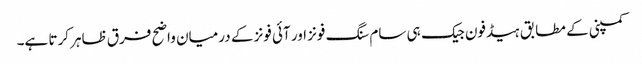
کمپنی کے مطابق ہیڈفون جیک ہی سام سنگ فونز اور آئی فونز کے درمیان واضح فرق ظاہر کرتا ہے۔